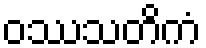
ဝဿသတိကံ